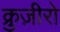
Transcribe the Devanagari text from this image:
क्रुज़ीरो